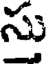
సు